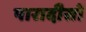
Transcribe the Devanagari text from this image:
पारादीसो